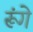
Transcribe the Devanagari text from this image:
रूंगे